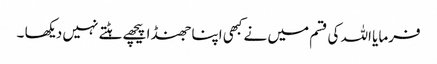
فرمایا اللہ کی قسم میں نے کبھی اپنا جھنڈا پیچھے ہٹتے نہیں دیکھا ۔